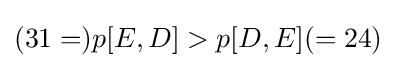
(31=)p[E,D]>p[D,E](=24)